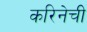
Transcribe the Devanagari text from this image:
करिनेची